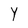
Character: Y